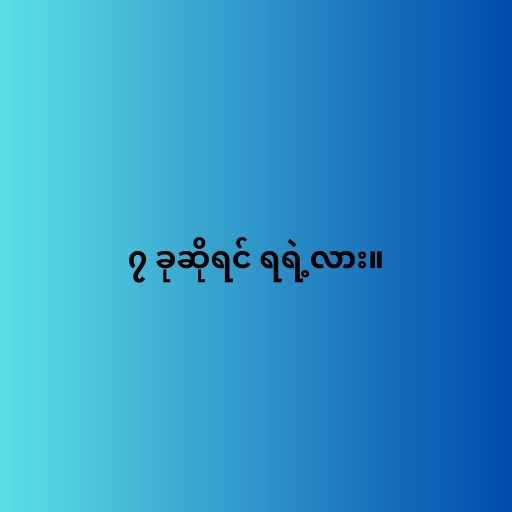
၇ ခုဆိုရင် ရရဲ့လား။